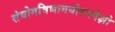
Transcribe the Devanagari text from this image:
संयोगविभागयोरनपेक्षो